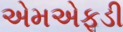
એમએફડી